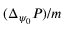
( \Delta _ { \psi _ { 0 } } P ) / m